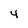
Character: 4